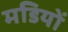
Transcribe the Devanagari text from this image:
मडियों